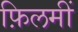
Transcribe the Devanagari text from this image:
फ़िलमीं